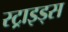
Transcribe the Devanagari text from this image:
स्ट्राइड्स